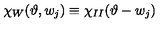
\chi _ { W } ( \vartheta , w _ { j } ) \equiv \chi _ { I I } ( \vartheta - w _ { j } )